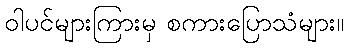
ဝါပင်များကြားမှ စကားပြောသံများ။